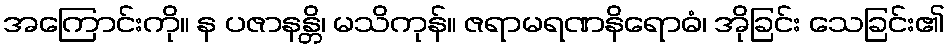
အကြောင်းကို။ န ပဇာနန္တိ၊ မသိကုန်။ ဇရာမရဏနိရောဓံ၊ အိုခြင်း သေခြင်း၏